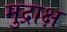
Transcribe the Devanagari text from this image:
मुद्राक्ष